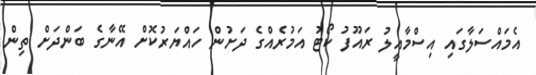
އެމައްސަލާގައި އިސްމާއީލު ރައޫފު ކޯޓު އަމުރެއްގެ ދަށުން ހައްޔަރުކޮށް އޭނާގެ ބަންދަށް ތިން